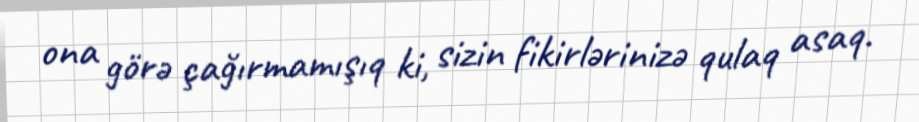
ona görə çağırmamışıq ki, sizin fikirlərinizə qulaq asaq.